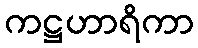
ကဋ္ဌဟာရိကာ